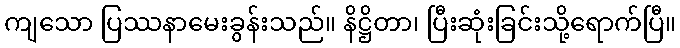
ကျသော ပြဿနာမေးခွန်းသည်။ နိဋ္ဌိတာ၊ ပြီးဆုံးခြင်းသို့ရောက်ပြီ။